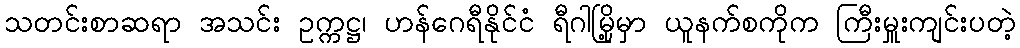
သတင်းစာဆရာ အသင်း ဥက္ကဋ္ဌ၊ ဟန်ဂေရီနိုင်ငံ ရီဂါမြို့မှာ ယူနက်စကိုက ကြီးမှူးကျင်းပတဲ့